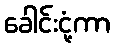
ခေါင်းငုံ့ကာ